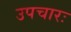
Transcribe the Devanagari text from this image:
उपचारः